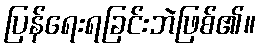
ပြန်ရေးရခြင်းဘဲဖြစ်၏။